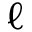
\ell